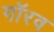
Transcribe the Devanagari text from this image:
गॉरव